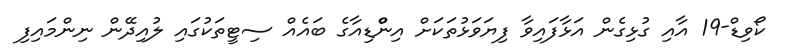
ކޯވިޑް-19 އާއި ގުޅިގެން އަޅާފައިވާ ފިޔަވަޅުތަކަށް އިންްޑިއާގެ ބައެއް ސިޓީތަކުގައި ލުއިދޭން ނިންމައިފި